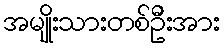
အမျိုးသားတစ်ဦးအား